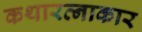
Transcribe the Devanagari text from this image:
कथारत्नाकार